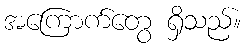
အကြောက်တွေ ရှိသည်။